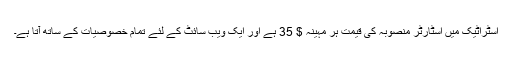
اسٹراٹیک میں اسٹارٹر منصوبہ کی قیمت ہر مہینہ $ 35 ہے اور ایک ویب سائٹ کے لئے تمام خصوصیات کے ساتھ آتا ہے۔